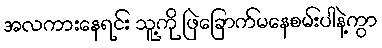
အလကားနေရင်း သူ့ကို ဖြဲခြောက်မနေစမ်းပါနဲ့ကွာ